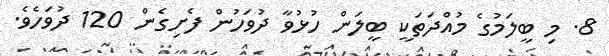
8. މި ބީލަމުގެ މުއްދަތަކީ ބީލަން ހުޅުވާ ދުވަހުން ފެށިގެން 120 ދުވަހެވެ.